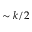
\sim k / 2